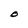
Character: O